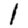
Digit: 1